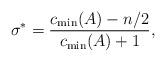
LaTeX: \begin{align*}\sigma^*=\dfrac{c_{\min}(A) -n/2}{c_{\min}(A)+1},\end{align*}